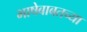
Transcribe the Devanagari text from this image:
भाषेबाबतच्या